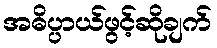
အဓိပ္ပာယ်ဖွင့်ဆိုချက်